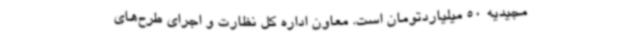
مجیدیه 50 میلیاردتومان است. معاون اداره کل نظارت و اجرای طرح‌های